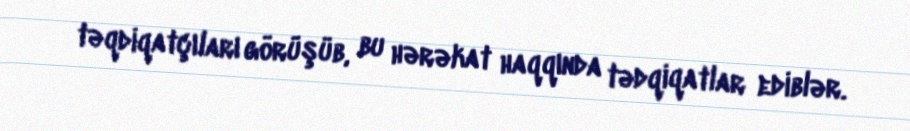
təqdiqatçıları görüşüb, bu hərəkat haqqında tədqiqatlar ediblər.